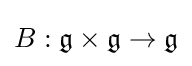
B:{\mathfrak {g}}\times {\mathfrak {g}}\to {\mathfrak {g}}